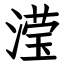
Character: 滢